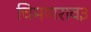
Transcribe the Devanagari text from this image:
चिमणराव३